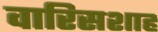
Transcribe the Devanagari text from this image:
वारिसशाह